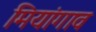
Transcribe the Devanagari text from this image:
मियांगाव